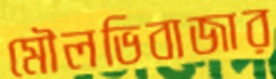
মৌলভিবাজার